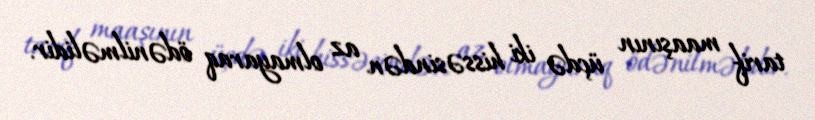
tarif maaşının üçdə iki hissəsindən az olmayaraq ödənilməlidir.